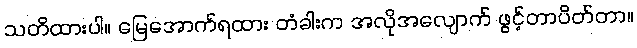
သတိထားပါ။ မြေအောက်ရထား တံခါးက အလိုအလျောက် ဖွင့်တာပိတ်တာ။